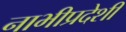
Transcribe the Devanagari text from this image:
नाभीप्रदेशी